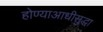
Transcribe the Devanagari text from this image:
होण्याआधीसुद्धा